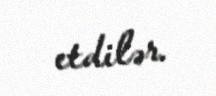
etdilər.